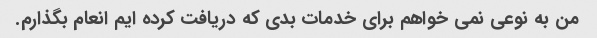
من به نوعی نمی خواهم برای خدمات بدی که دریافت کرده ایم انعام بگذارم.